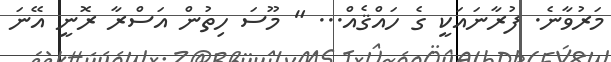
މަރުވާނެ. ފުރާނައަކީ ގެ ހައްޤެއް... " މޫސަ ހިތުން އަސްރާ ރޮނީ އޭނަ